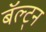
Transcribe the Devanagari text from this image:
बॅल्ट्न